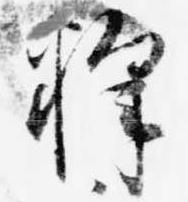
釈